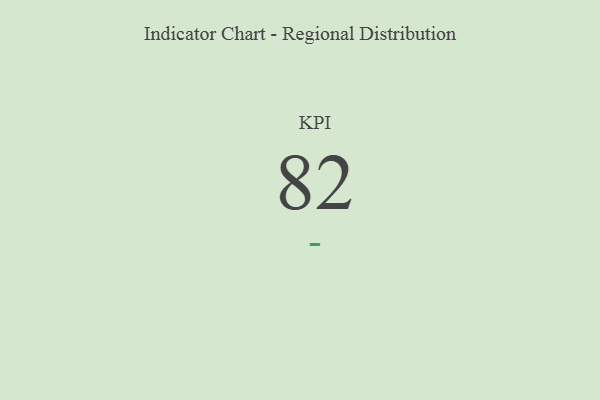
{"axis": {"x": "KPI", "y": "Value"}, "legend": [""], "data": [{"x": "KPI", "y": 82, "type": ""}]}